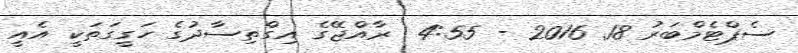
ސެޕްޓެމްބަރު 18